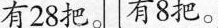
有28把。 有8把。